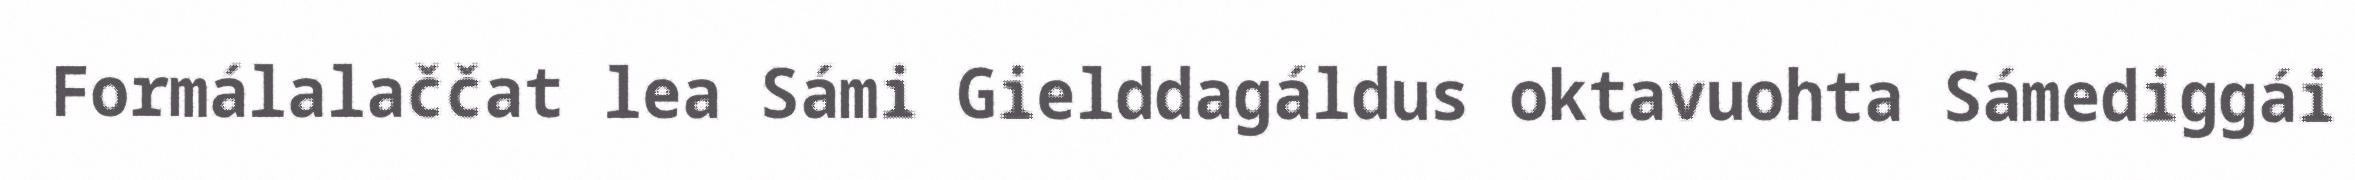
Formálalaččat lea Sámi Gielddagáldus oktavuohta Sámediggái